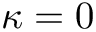
\kappa = 0